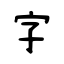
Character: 字